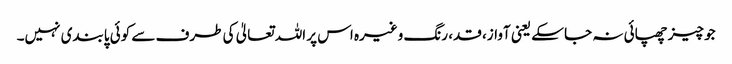
جو چیز چھپائی نہ جا سکے یعنی آواز، قد، رنگ وغیرہ اس پر اللہ تعالیٰ کی طرف سے کوئی پابندی نہیں۔